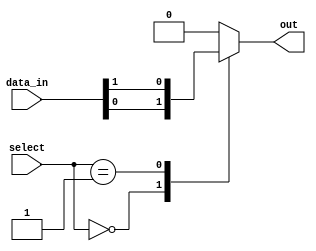
module multiplexer_32to1 (
    input [31:0] data_in,
    input [4:0] select,
    output reg out
    );
    
    reg [31:0] temp;
    
    always @*
    begin
        case(select)
            5'b00000: out = data_in[0];
            5'b00001: out = data_in[1];
            // Add cases for all 32 input signals
            // ...
            default: out = 0; 
        endcase
    end
    
endmodule